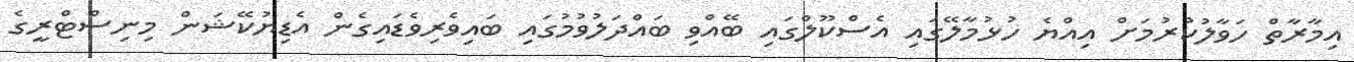
އިމާރާތް ހަވާލުކުރުމަށް އިއްޔެ ހުޅުމާލޭގައި އެސްކޫލްގައި ބޭއްވި ބައްދަލުވުމުގައި ބައިވެރިވެޑައިގެން އެޑިޔުކޭޝަން މިނިސްޓްރީގެ